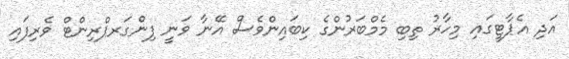
އަދި އެޕާޓީގައި މިހާރު ތިބި މެމްބަރުންގެ ކިބައިންވެސް އޭނާ ވަނީ ފިންގަރޕްރިންޓް ވެރިފައި